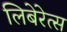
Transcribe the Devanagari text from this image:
लिबेरेत्स